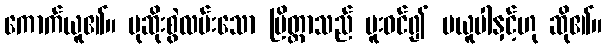
ကောက်ယူ၏။ ပုဆိုးစွဲလမ်းသော ပြိတ္တာသည် ပူးဝင်၍ မယူပါနှင့်ဟု ဆို၏။